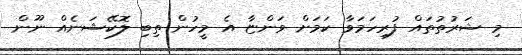
މި ޝަރުތުތައް ފުރިހަމަވާ ކަމަށް ވަންޏާ އެ މީހުން ތިބި ލޮކޭޝަނެއް ނޫން